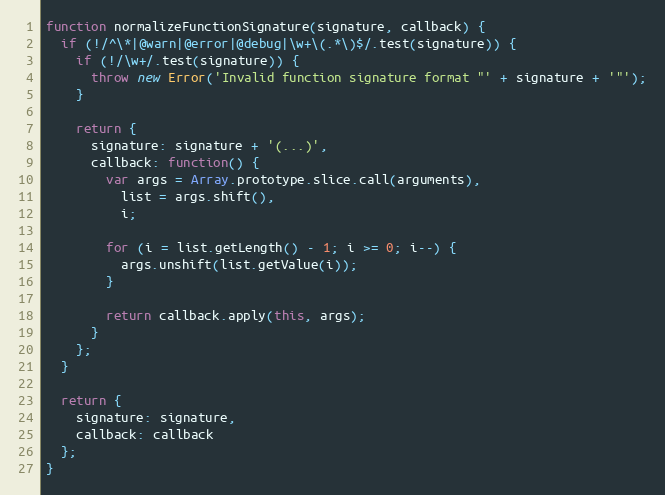
Language: JavaScript
function normalizeFunctionSignature(signature, callback) {
  if (!/^\*|@warn|@error|@debug|\w+\(.*\)$/.test(signature)) {
    if (!/\w+/.test(signature)) {
      throw new Error('Invalid function signature format "' + signature + '"');
    }

    return {
      signature: signature + '(...)',
      callback: function() {
        var args = Array.prototype.slice.call(arguments),
          list = args.shift(),
          i;

        for (i = list.getLength() - 1; i >= 0; i--) {
          args.unshift(list.getValue(i));
        }

        return callback.apply(this, args);
      }
    };
  }

  return {
    signature: signature,
    callback: callback
  };
}